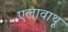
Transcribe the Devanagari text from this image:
एलावाथू